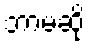
ဘာမဆို